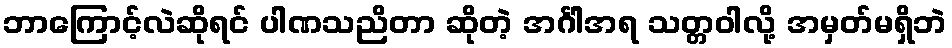
ဘာကြောင့်လဲဆိုရင် ပါဏသညိတာ ဆိုတဲ့ အင်္ဂါအရ သတ္တဝါလို့ အမှတ်မရှိဘဲ